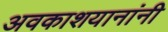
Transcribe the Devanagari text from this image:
अवकाशयानांनी